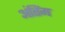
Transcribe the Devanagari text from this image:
अंतिंम